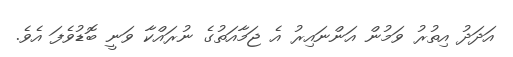
އަދަދު އިތުރު ވަމުން އަންނައިރު އެ ޖަމާއަތުގެ ނުރައްކާ ވަނީ ބޮޑުވެފަ އެވެ.